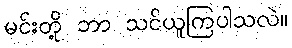
မင်းတို့ ဘာ သင်ယူကြပါသလဲ။